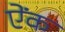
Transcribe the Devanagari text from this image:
ऐंक